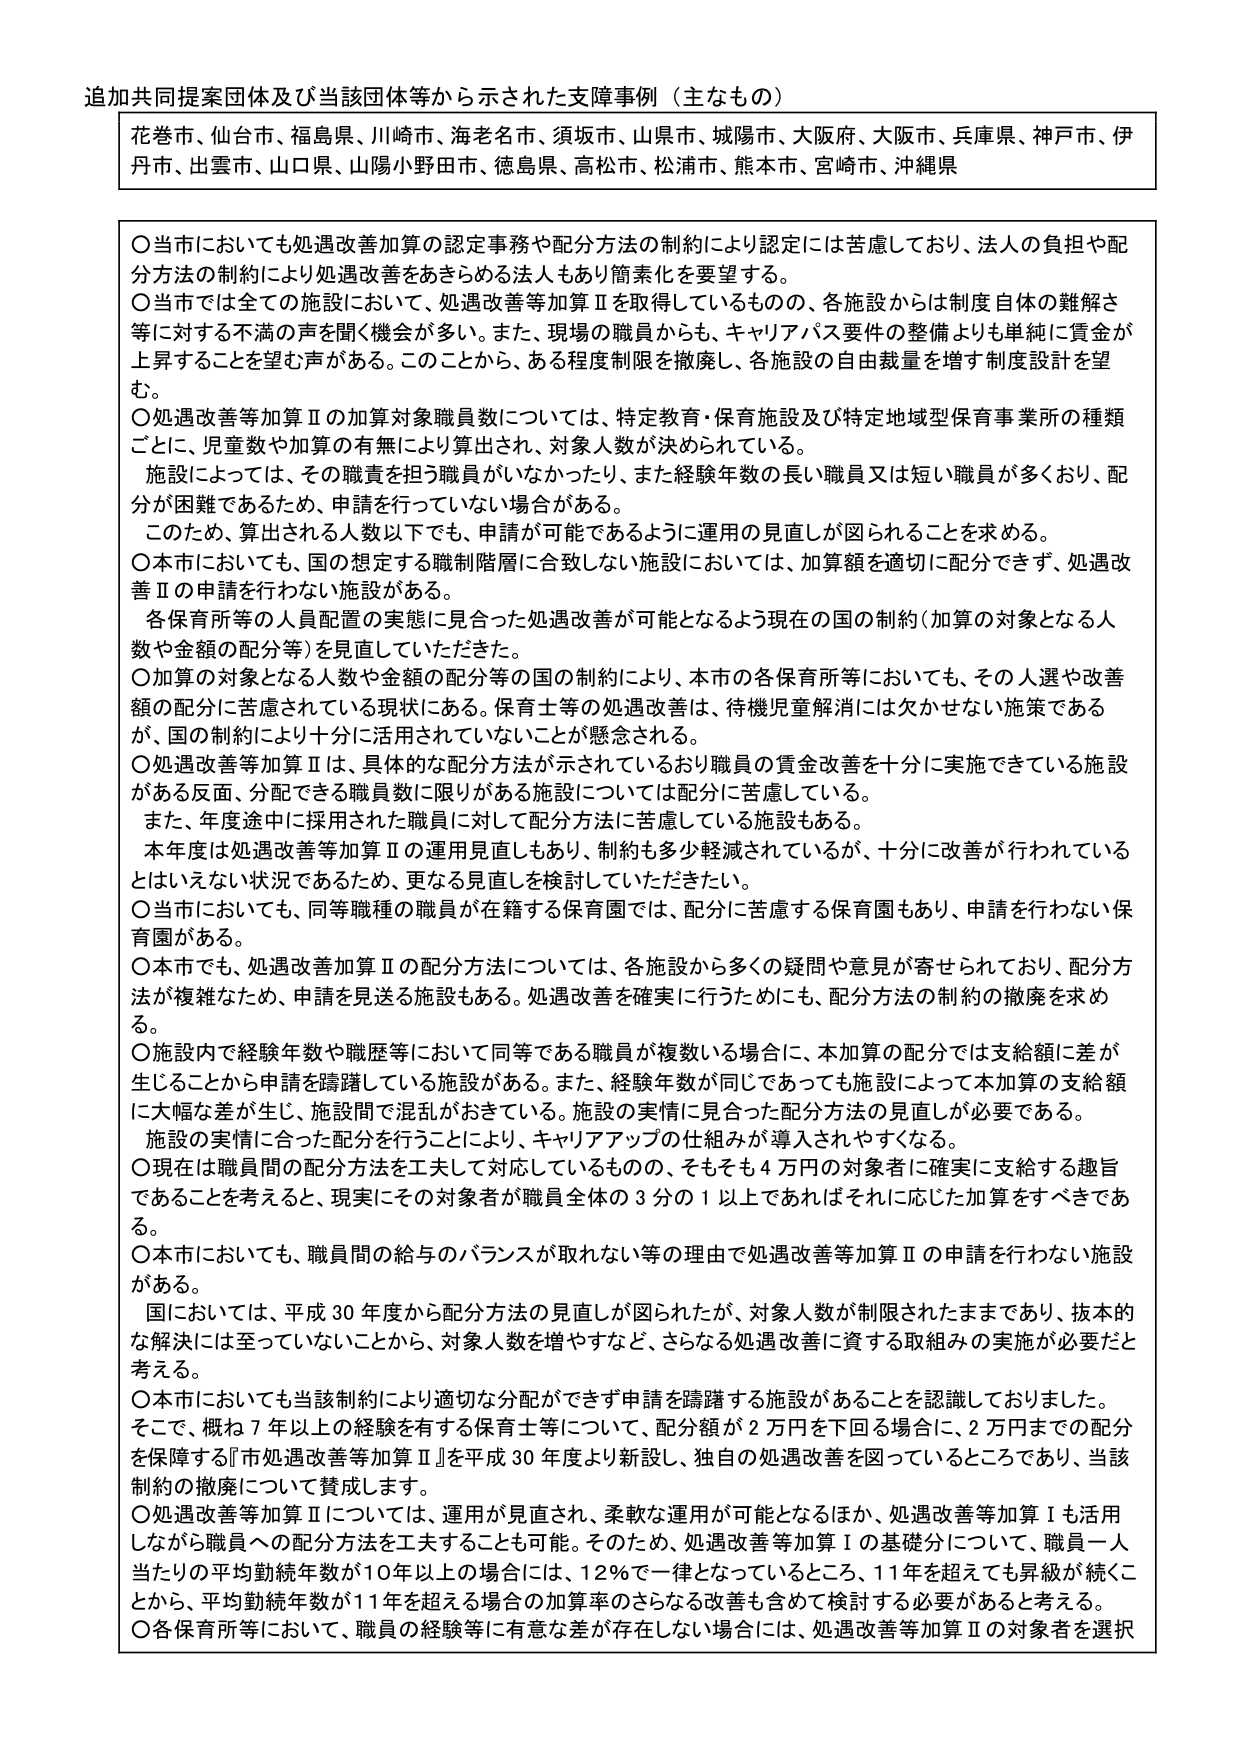
追加共同提案団体及び当該団体等から示された支援事例（主なもの）

花巻市、仙台市、福島県、川崎市、海老名市、須坂市、山県市、城陽市、大阪府、大阪市、兵庫県、神戸市、伊丹市、出雲市、山口県、山陽小野田市、徳島県、高松市、松浦市、熊本市、宮崎市、沖縄県

〇当市においても処遇改善加算の認定事務や配分方法の制約により認定には苦慮しており、法人の負担や配分方法の制約により処遇改善をあきらめる法人もあり簡素化を要望する。
〇当市では全ての施設において、処遇改善等加算Ⅱを取得しているものの、各施設からは制度自体の難解さ等に対する不満の声を聞く機会が多い。また、現場の職員からも、キャリアパス要件の整備よりも単純に賃金が上昇することを望む声がある。このことから、ある程度制限を撤廃し、各施設の自由裁量を増す制度設計を望む。
〇処遇改善等加算Ⅱの加算対象職員数については、特定教育・保育施設及び特定地域型保育事業所の種類ごとに、児童数や加算の有無により算出され、対象人数が決められている。
施設によっては、その職責を担う職員がいなかったり、また経験年数の長い職員又は短い職員が多くおり、配分が困難であるため、申請を行っていない場合がある。
このため、算出される人数以下でも、申請が可能であるように運用の見直しが図られることを求める。
〇本市においても、国の想定する職制階層に合致しない施設においては、加算額を適切に配分できず、処遇改善Ⅱの申請を行わない施設がある。
各保育所等の人員配置の実態に見合った処遇改善が可能となるよう現在の国の制約（加算の対象となる人数や金額の配分等）を見直していただきたい。
〇加算の対象となる人数や金額の配分等の国の制約により、本市の各保育所等においても、その人選や改善額の配分に苦慮されている現状にある。保育士等の処遇改善は、待機児童解消には欠かせない施策であるが、国の制約により十分に活用されていないことが懸念される。
〇処遇改善等加算Ⅱは、具体的な配分方法が示されており職員の賃金改善を十分に実施できている施設がある反面、分配できる職員数に限りがある施設については配分に苦慮している。
また、年度途中に採用された職員に対して配分方法に苦慮している施設もある。
本年度は処遇改善等加算Ⅱの運用見直しもあり、制約も多少軽減されているが、十分に改善が行われているとはいえない状況であるため、更なる見直しを検討していただきたい。
〇当市においても、同等職種の職員が在籍する保育園では、配分に苦慮する保育園もあり、申請を行わない保育園がある。
〇本市でも、処遇改善加算Ⅱの配分方法については、各施設から多くの疑問や意見が寄せられており、配分方法が複雑なため、申請を見送る施設もある。処遇改善を確実に行うためにも、配分方法の制約の撤廃を求める。
〇施設内で経験年数や職歴等において同等である職員が複数いる場合に、本加算の配分では支給額に差が生じることから申請を躊躇している施設がある。また、経験年数が同じであっても施設によって本加算の支給額に大幅な差が生じ、施設間で混乱がおきている。施設の実情に見合った配分方法の見直しが必要である。
施設の実情に合った配分を行うことにより、キャリアアップの仕組みが導入されやすくなる。
〇現在は職員間の配分方法を工夫して対応しているものの、そもそも４万円の対象者に確実に支給する趣旨であることを考えると、現実にその対象者が職員全体の３分の１以上であればそれに応じた加算をすべきである。
〇本市においても、職員間の給与のバランスが取れない等の理由で処遇改善等加算Ⅱの申請を行わない施設がある。
国においては、平成30年度から配分方法の見直しが図られたが、対象人数が制限されたままであり、抜本的な解決には至っていないことから、対象人数を増やすなど、さらなる処遇改善に資する取組みの実施が必要だと考える。
〇本市においても当該制約により適切な分配ができず申請を躊躇する施設があることを認識しております。
そこで、概ね７年以上の経験を有する保育士等について、配分額が２万円を下回る場合に、２万円までの配分を保障する『市処遇改善等加算Ⅱ』を平成30年度より新設し、独自の処遇改善を図っているところであり、当該制約の撤廃について賛成します。
〇処遇改善等加算Ⅱについては、運用が見直され、柔軟な運用が可能となるほか、処遇改善等加算Ⅰも活用しながら職員への配分方法を工夫することも可能。そのため、処遇改善等加算Ⅰの基礎分について、職員一人当たりの平均勤続年数が10年以上の場合には、12％で一律となっているところ、11年を超えてでも昇級が続くことから、平均勤続年数が11年を超える場合の加算率のさらなる改善も含めて検討する必要があると考える。
〇各保育所等において、職員の経験等に有意な差が存在しない場合には、処遇改善等加算Ⅱの対象者を選択